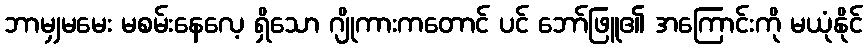
ဘာမျှမမေး မစမ်းနေလေ့ ရှိသော ဂျိုကားကတောင် ပင် ဘော်ဖြူ၏ အကြောင်းကို မယုံနိုင်